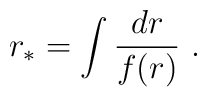
r_{\ast }=\int \frac{dr}{f(r)}\ .